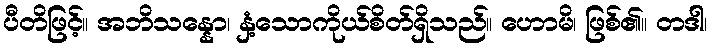
ပီတိဖြင့်။ အဘိသန္နော၊ နှံ့သောကိုယ်စိတ်ရှိသည်။ ဟောမိ၊ ဖြစ်၏။ တဒါ၊